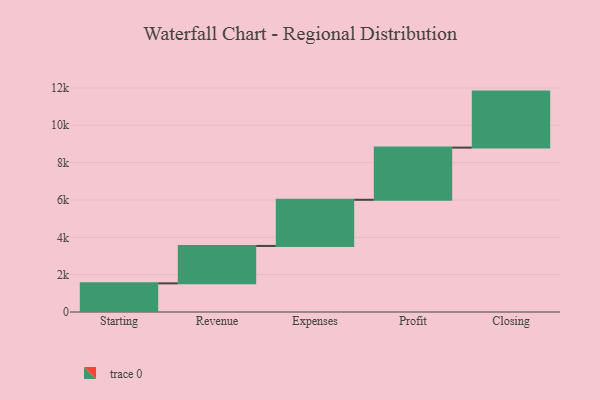
{"axis": {"x": "Step", "y": "Value"}, "legend": [""], "data": [{"x": "Starting", "y": 1534.0, "type": ""}, {"x": "Revenue", "y": 2004.0, "type": ""}, {"x": "Expenses", "y": 2472.0, "type": ""}, {"x": "Profit", "y": 2794.0, "type": ""}, {"x": "Closing", "y": 3000, "type": ""}]}